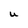
Character: U